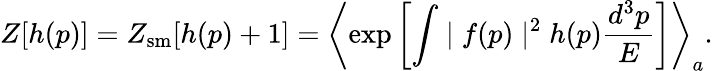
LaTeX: Z[h(p)]=Z_{\mathrm{sm}}[h(p)+1]=\left\langle\exp\left[\int\mid f(p)\mid^{2}h(p){\frac{d^{3}p}{E}}\right]\right\rangle_{a}.